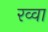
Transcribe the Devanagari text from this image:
रव्वा